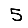
Digit: 5